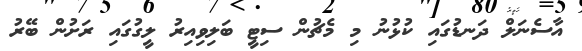
އާސެނަލް ދަނޑުގައި ކުޅުނު މި މެޗުން ސިޓީ ބަލިވިއިރު ލީގުގައި ރަށުން ބޭރު